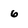
Character: 6